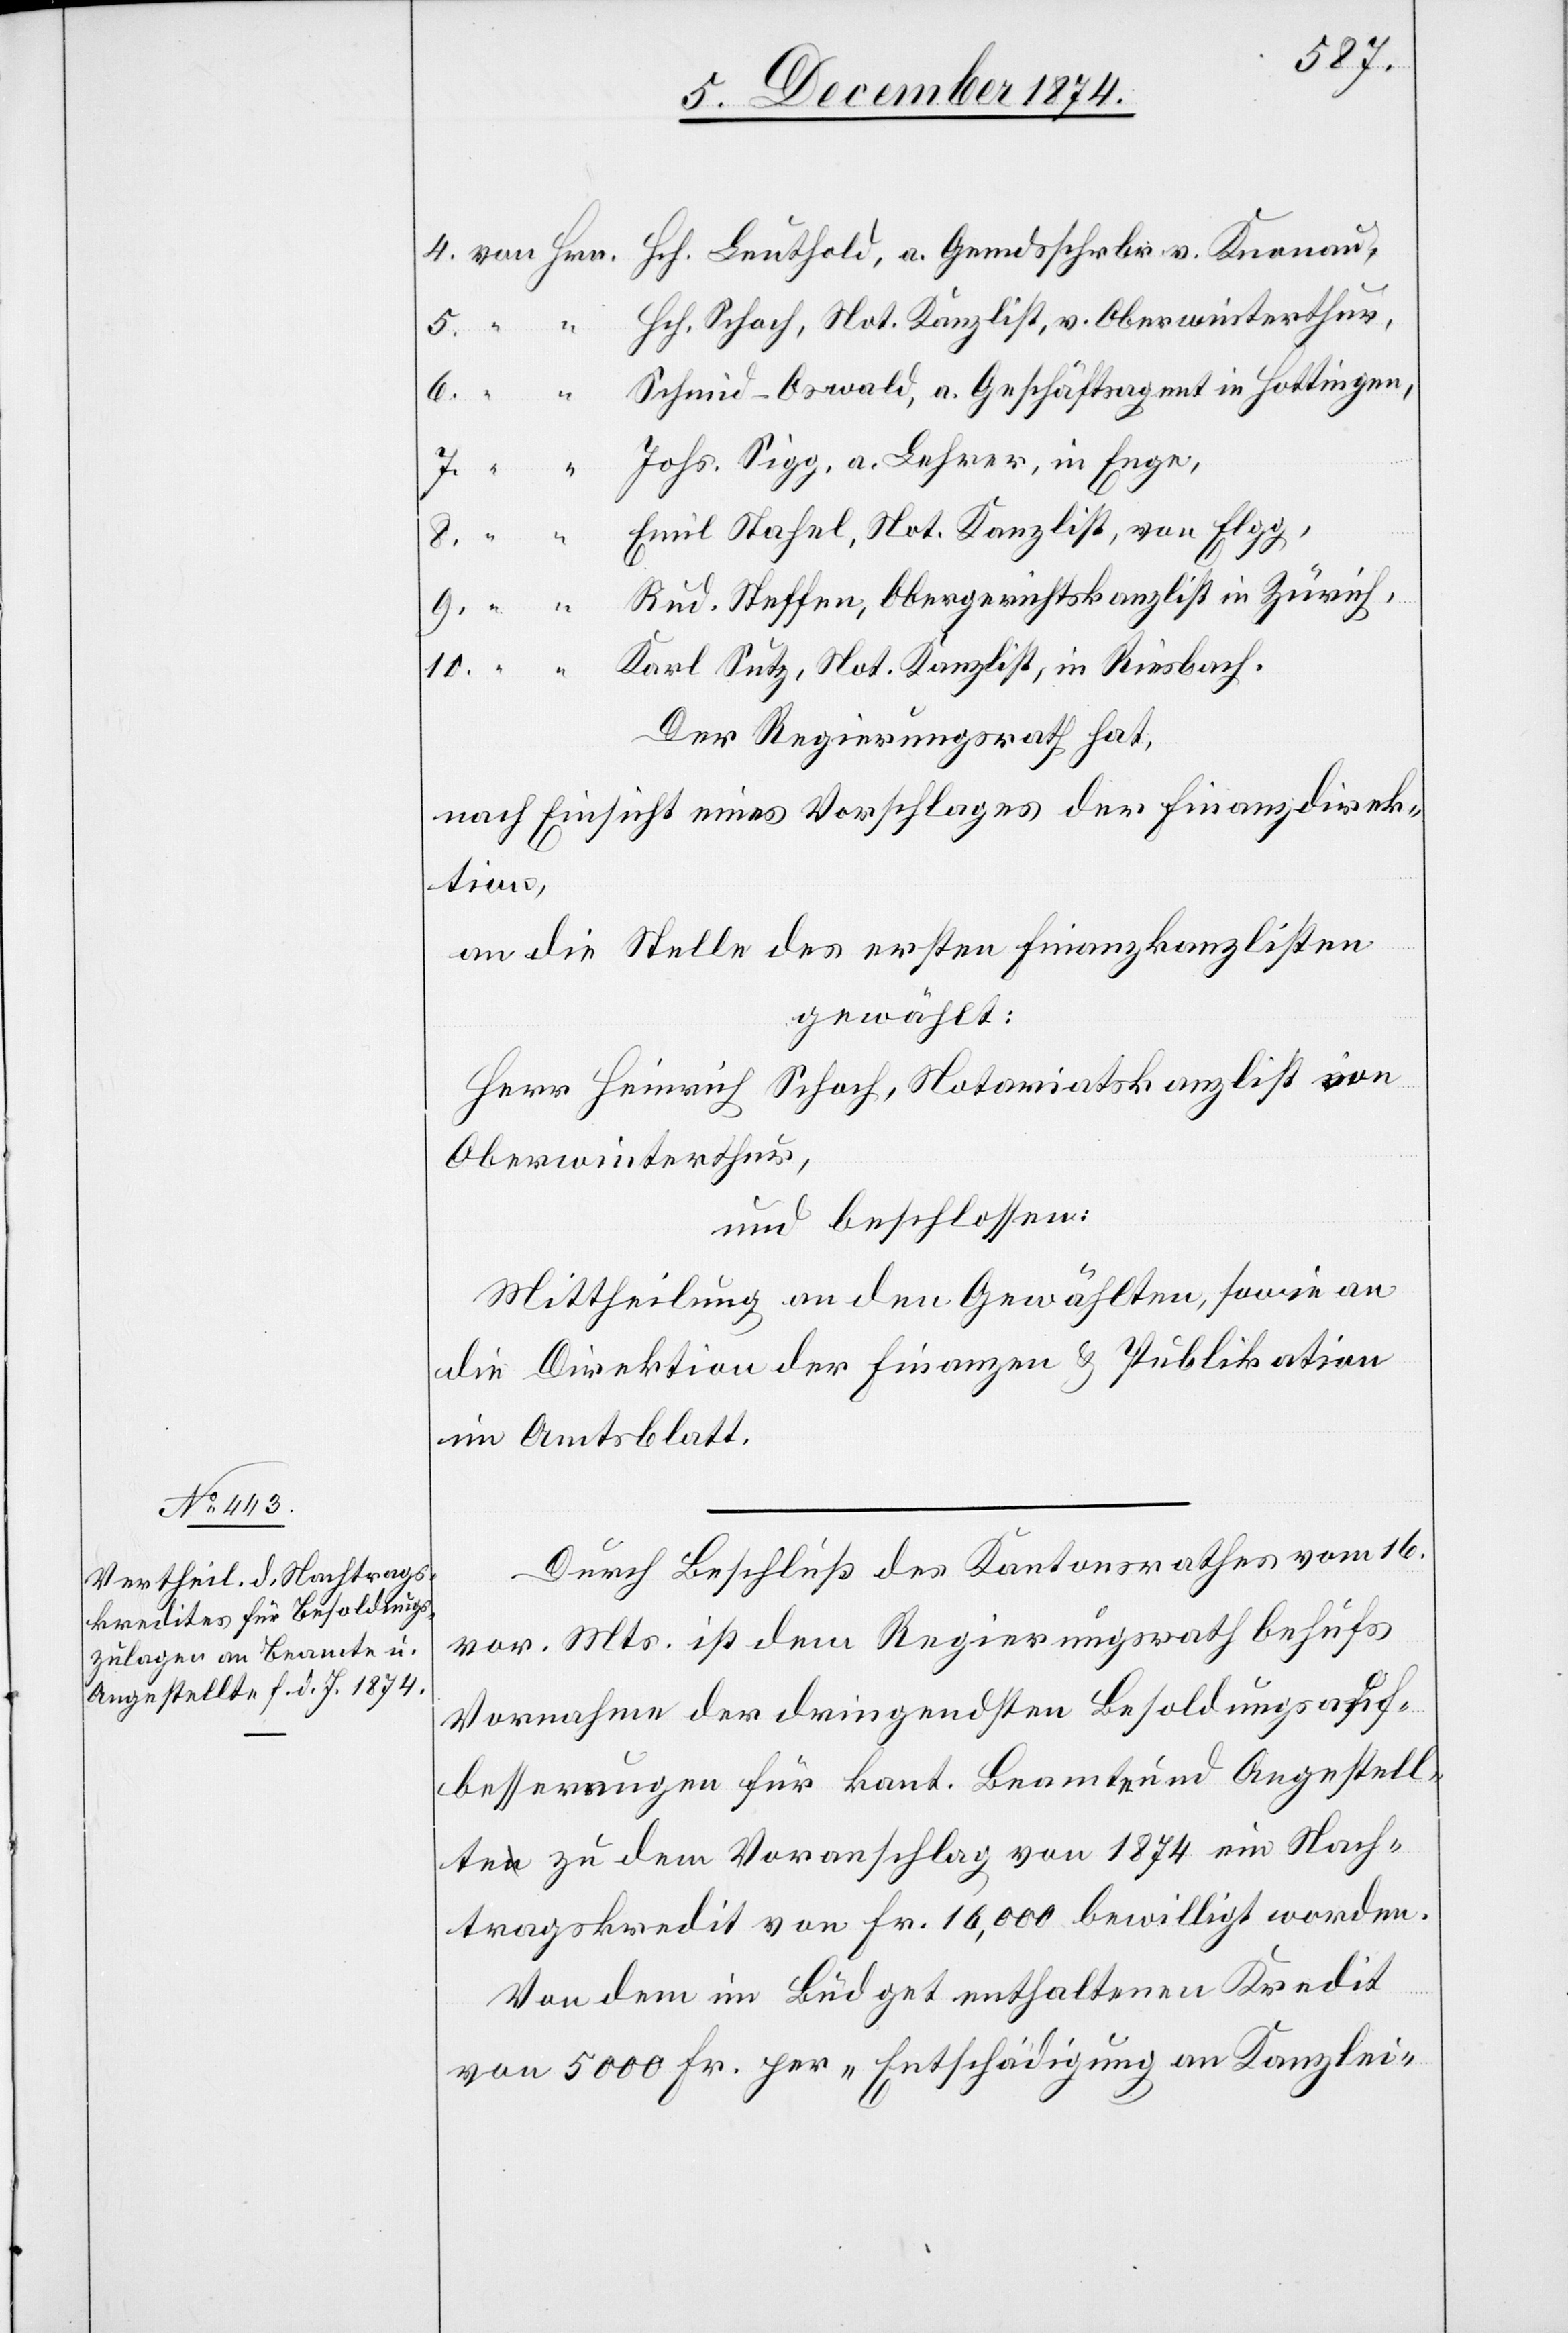
8.
Der Regierungsrath hat,
nach Einsicht eines Antrages der Finanzdirek¬
tion,
an die Stelle des ersten Finanzkanzlisten
gewählt:
Herr Heinrich Schoch, Notariatskanzlist von
Oberwinterthur,
und beschlossen:
Mittheilung an den Gewählten, sowie an
die Direktion der Finanzen & Publikation
im Amtsblatt.
Durch Beschluß des Kantonsrathes vom 16.
vor. Mts. ist dem Regierungsrath behufs
Vornahme der dringendsten Besoldungsauf¬
besserungen für kant. Beamte und Angestell¬
te zu dem Voranschlag von 1874 ein Nach¬
tragskredit von Fr. 16,000 bewilligt worden.
Von dem im Büdget enthaltenen Kredit
von 5000 Fr. per „Entschädigung an Kanzlei-